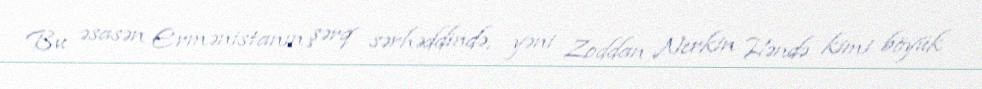
Bu əsasən Ermənistanın şərq sərhəddində, yəni Zoddan Nerkin Həndə kimi böyük